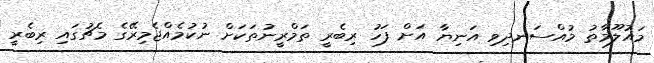
މައުލޫމާތު މުއްސަނދިވި އަނިޔާ އަށް ފަހު ރިބެރީ ތަމްރީނުތަކަށް ނުކުމެއްޖެމިރޭގެ މެޗުގައި ރިބެރީ